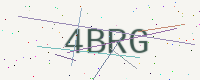
Text: 4BRG